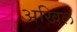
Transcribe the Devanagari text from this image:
अखिल